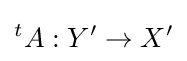
{}^{t}A:Y'\to X'